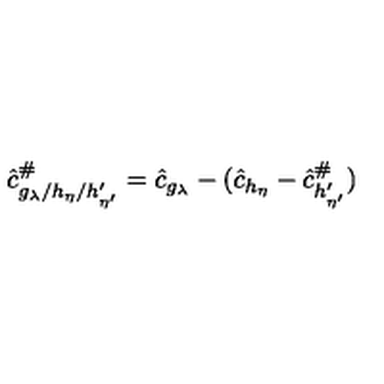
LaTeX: \hat { c } _ { g _ { \lambda } / h _ { \eta } / h _ { \eta ^ { \prime } } ^ { \prime } } ^ { \# } = \hat { c } _ { g _ { \lambda } } - ( \hat { c } _ { h _ { \eta } } - \hat { c } _ { h _ { \eta ^ { \prime } } ^ { \prime } } ^ { \# } )